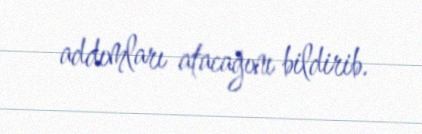
addımları atacağını bildirib.